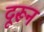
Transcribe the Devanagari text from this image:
दूरून